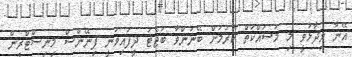
އޭނާ ވިދާޅުވީ މި މަސައްކަތް ކުރުމަށް ބޭނުންވާ ބަޖެޓު ދީފައިވަނީ ފިނޭންސް މިނިސްޓްރީން